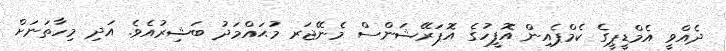
ދެއްވީ އެމްޑީޕީގެ ކެމްޕެއިން އޮފީހުގެ އޮޕަރޭޝަންސް މެނޭޖަރ މުޙައްމަދު ބަޝިރުއެވެ. އަދި މިހާތަނަށް